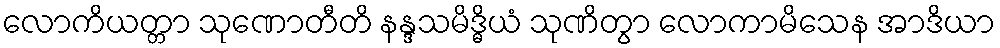
လောကိယတ္တာ သုဏောတီတိ နန္ဒသမိဒ္ဓိယံ သုဏိတွာ လောကာမိသေန အာဒိယာ